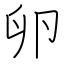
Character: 卵